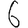
Digit: 6